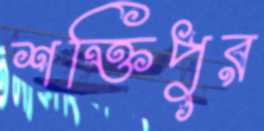
শক্তিপুর